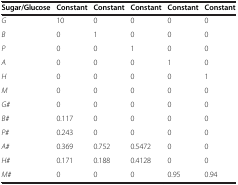
<table><thead><tr><td><b>Sugar/Glucose</b></td><td><b>Constant</b></td><td><b>Constant</b></td><td><b>Constant</b></td><td><b>Constant</b></td><td><b>Constant</b></td></tr></thead><tbody><tr><td><i>G</i></td><td>10</td><td>0</td><td>0</td><td>0</td><td>0</td></tr><tr><td><i>B</i></td><td>0</td><td>1</td><td>0</td><td>0</td><td>0</td></tr><tr><td><i>P</i></td><td>0</td><td>0</td><td>1</td><td>0</td><td>0</td></tr><tr><td><i>A</i></td><td>0</td><td>0</td><td>0</td><td>1</td><td>0</td></tr><tr><td><i>H</i></td><td>0</td><td>0</td><td>0</td><td>0</td><td>1</td></tr><tr><td><i>M</i></td><td>0</td><td>0</td><td>0</td><td>0</td><td>0</td></tr><tr><td><i>G#</i></td><td>0</td><td>0</td><td>0</td><td>0</td><td>0</td></tr><tr><td><i>B#</i></td><td>0.117</td><td>0</td><td>0</td><td>0</td><td>0</td></tr><tr><td><i>P#</i></td><td>0.243</td><td>0</td><td>0</td><td>0</td><td>0</td></tr><tr><td><i>A#</i></td><td>0.369</td><td>0.752</td><td>0.5472</td><td>0</td><td>0</td></tr><tr><td><i>H#</i></td><td>0.171</td><td>0.188</td><td>0.4128</td><td>0</td><td>0</td></tr><tr><td><i>M#</i></td><td>0</td><td>0</td><td>0</td><td>0.95</td><td>0.94</td></tr></tbody></table>